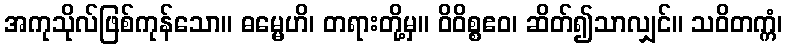
အကုသိုလ်ဖြစ်ကုန်သော။ ဓမ္မေဟိ၊ တရားတို့မှ။ ဝိဝိစ္စဧဝ၊ ဆိတ်၍သာလျှင်။ သဝိတက္ကံ၊